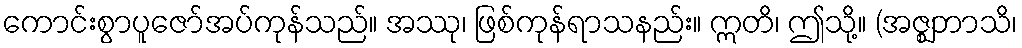
ကောင်းစွာပူဇော်အပ်ကုန်သည်။ အဿု၊ ဖြစ်ကုန်ရာသနည်း။ ဣတိ၊ ဤသို့။ (အဇ္ဈဘာသိ၊